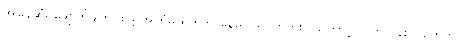
အမြန်ဆုံး ဖျောက်ဖျက်ပစ်ဖို့ အကြံမထုတ်ဘဲ နေမှာ မဟုတ်ဘူး ဒါကြောင့် သူက ပန်းပင်တွေကို